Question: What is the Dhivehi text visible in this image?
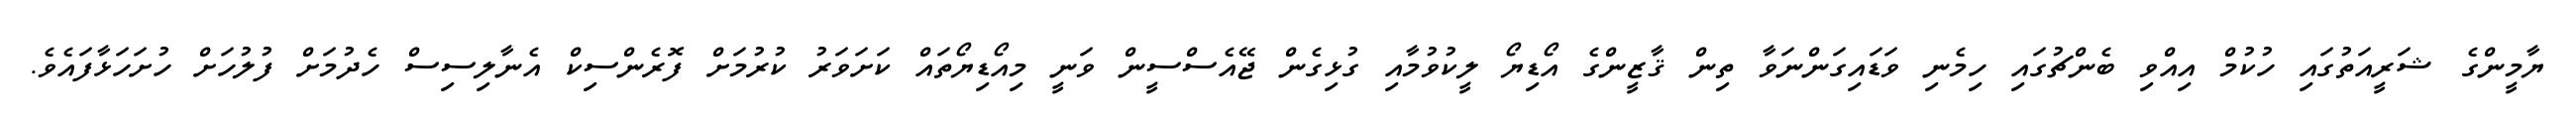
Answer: ޔާމީންގެ ޝަރީއަތުގައި ހުކުމް އިއްވި ބެންޗުގައި ހިމެނި ވަޑައިގަންނަވާ ތިން ޤާޒީންގެ އޯޑިޔޯ ލީކުވުމާއި ގުޅިގެން ޖޭއެސްސީން ވަނީ މިއޯޑިޔޯތައް ކަށަވަރު ކުރުމަށް ފޮރެންސިކް އެނާލިސިސް ހެދުމަށް ފުލުހަށް ހުށަހަޅާފައެވެ.